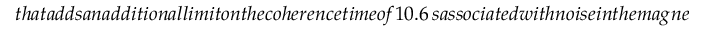
t h a t a d d s a n a d d i t i o n a l l i m i t o n t h e c o h e r e n c e t i m e o f 1 0 . 6 \, s a s s o c i a t e d w i t h n o i s e i n t h e m a g n e t i c f i e l d (